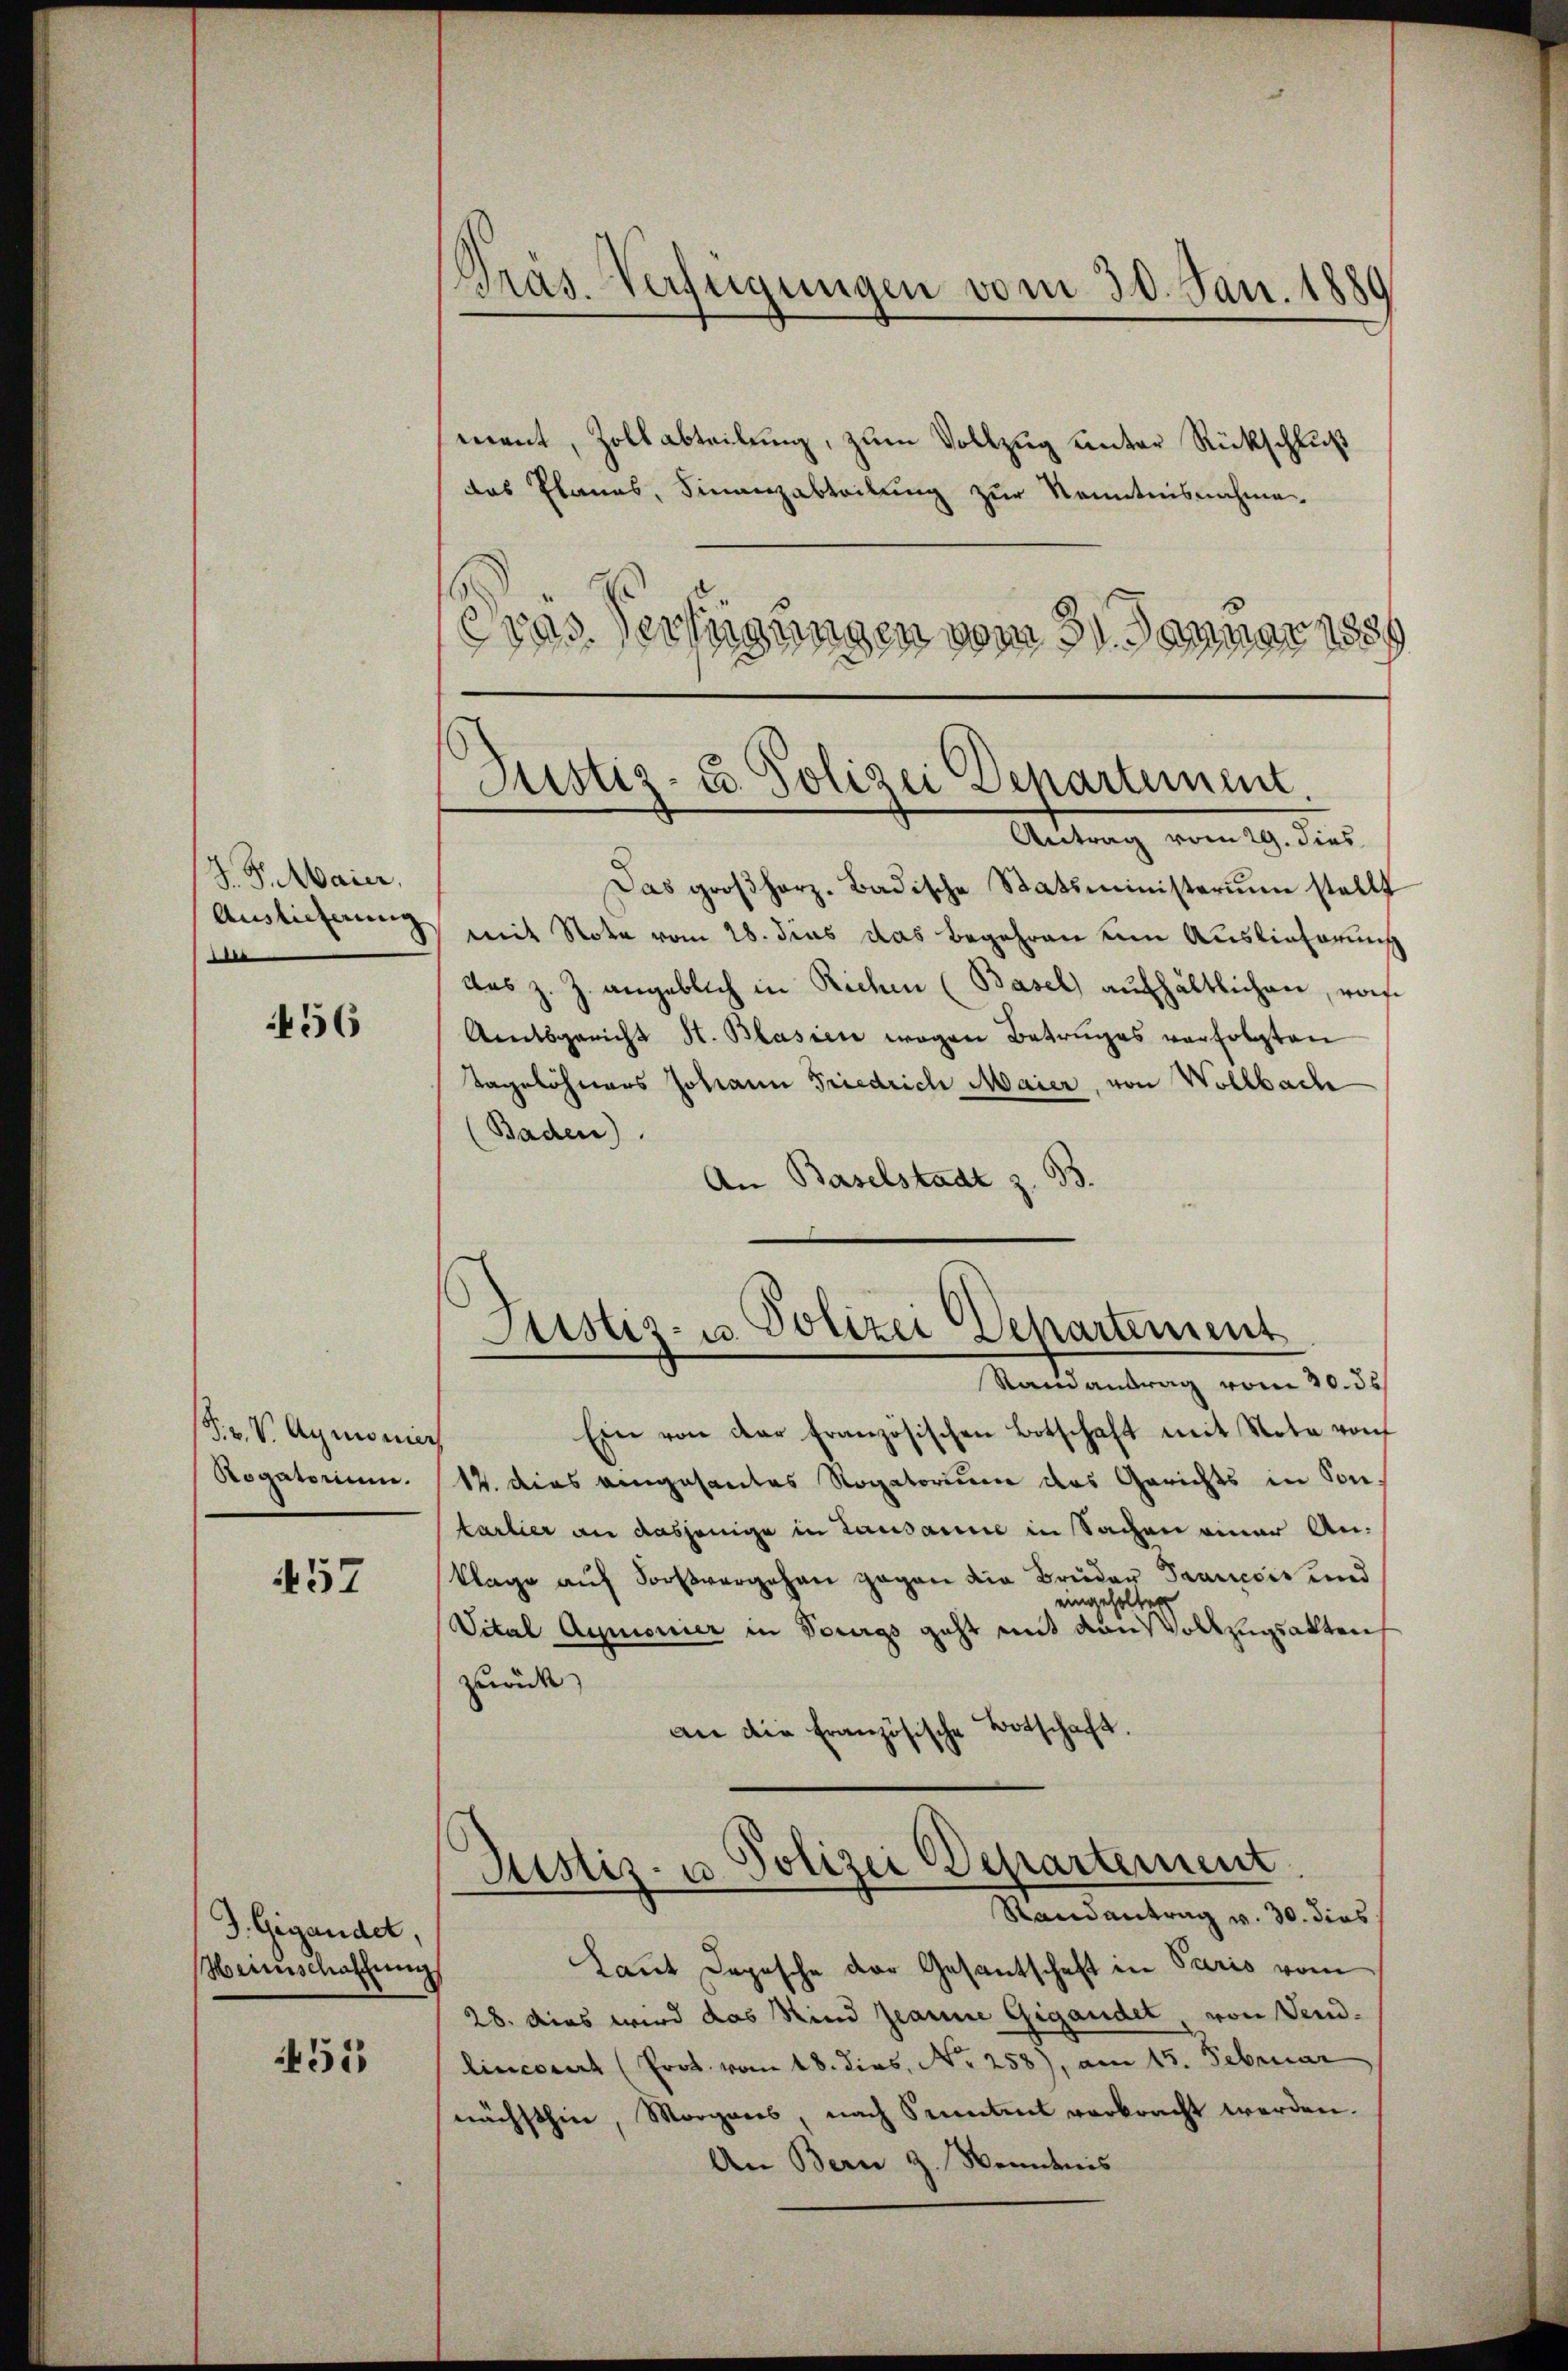
J. F. Maier,
e

456

F.v. V. Aymonier
Rogatorium.

57

J. Gegendet,
Heimschaffung

51

ment, Zollabteilung, zum Vollzug unter Rückschluß
das Planes, Finanzabteilung zur Kenntnisnahme
Präs. Verfügungen vom 31. Januar 1889

Das großherz. Badische Statsministerium stellt
Auslieferung mit Nota vom 28. dies das Begehren um Auslieferungs
das z. Z. angeblich in Richen (Basel aufhältlichen, von
Amtsgericht St. Blasien wegen Betruges verfolgten
Tagelöhners Johann Friedrich Maier, von Vollbach
(Baden).
An Baselstadt z. B.

Pras-Verfügungen vom 30. Jan. 1880

Justiz- u. Polizei Departement.
Antrag vom 29. dies

Justiz- u. Polizei Departement
Randantrag vom 20. ds

Ein von der französischen Botschaft mit Note von
12. dies angesantes Rogatorium das Gerichts in Sontarlier an dasjenige in Lausanne in Sachen einer Anklage auf Fortvergehen gegen die Bruder Saanecis und
eingeholten
Vital Aymonier in Bourgs geht mit den Vollzugsakten
zurück
an die Französische Botschaft
Justiz- u Polizei Departement
Randantrag v. 30. dies
Laut Depesche der Gesantschaft in Paris vom
28. dies wird das Kind Jeanne Gigandet, von Vend-
lincorat (Prot. vom 18. dies, Nr. 258), am 15. Februar
nächsthin, Morgans, nach Sentent verbracht werden.
An Bern z. Wendnis